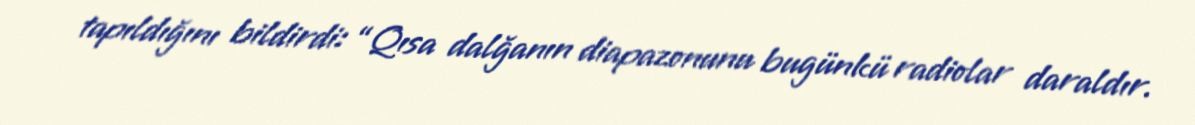
tapıldığını bildirdi: “Qısa dalğanın diapazonunu bugünkü radiolar daraldır.